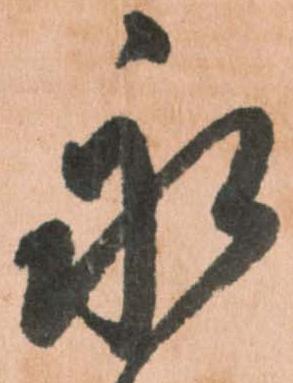
永